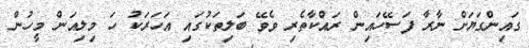
ގައިންގަޔަށް ނާރާ ފަސޭހައިން ރައްކާތެރި ވެވޭ ބަލިތަކުގައި އަހަރަކު ހަ މިލިއަން މީހުން